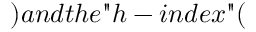
) a n d t h e " h - i n d e x " (